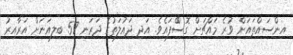
އިންސައްތައަށް ވުރެ މައްޗަށް ގޮސްްފައެވެ. އަދި ދައުލަތުގެ ދަރަނި 57 ބިލިއަނަށް އަރާއިރު